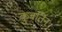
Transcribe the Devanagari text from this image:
कुबर्तिन